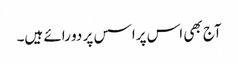
آج بھی اس پراسس پر دو رائے ہیں۔